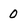
Character: 0